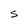
Character: S